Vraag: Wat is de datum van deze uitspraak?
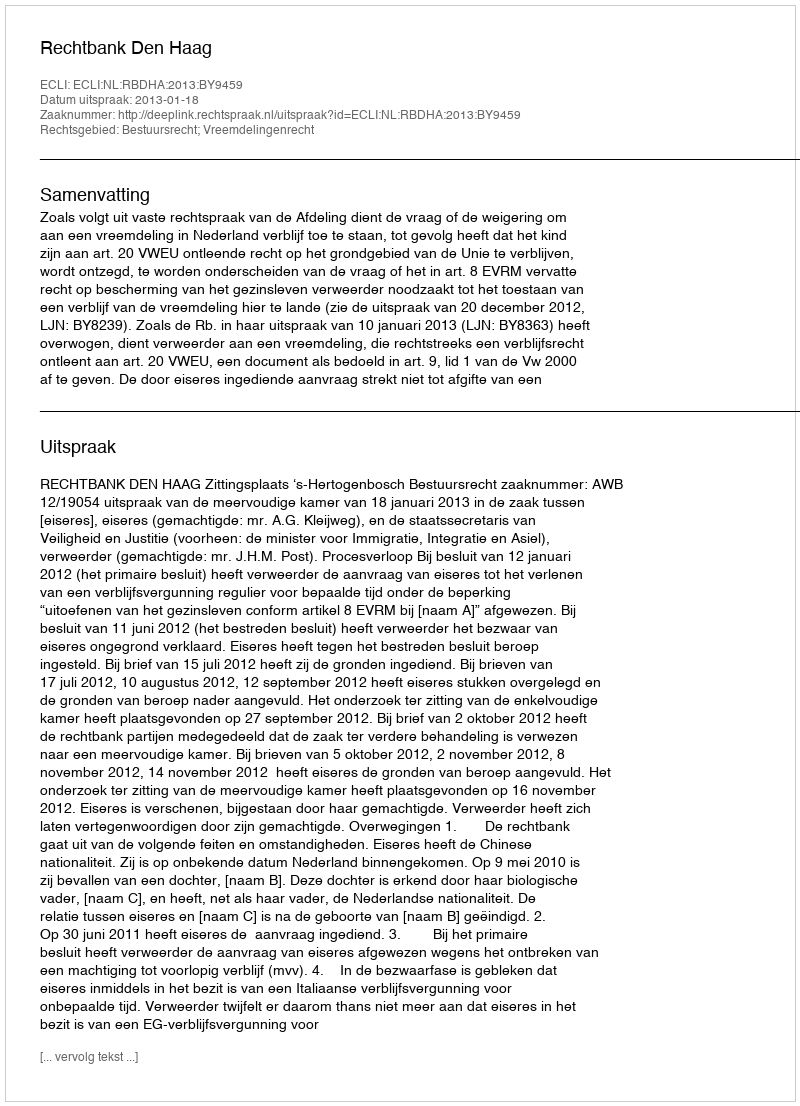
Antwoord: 2013-01-18